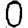
Digit: 0